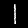
Digit: 1